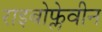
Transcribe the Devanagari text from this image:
राइबोफ्लेवीन